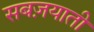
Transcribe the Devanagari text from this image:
सबज़याती